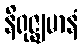
နိရုဇ္ဈမာနံ